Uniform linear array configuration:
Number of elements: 12
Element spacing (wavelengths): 0.25
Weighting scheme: hann
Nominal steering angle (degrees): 60
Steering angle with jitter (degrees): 58.956
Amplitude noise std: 0.05
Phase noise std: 0.05

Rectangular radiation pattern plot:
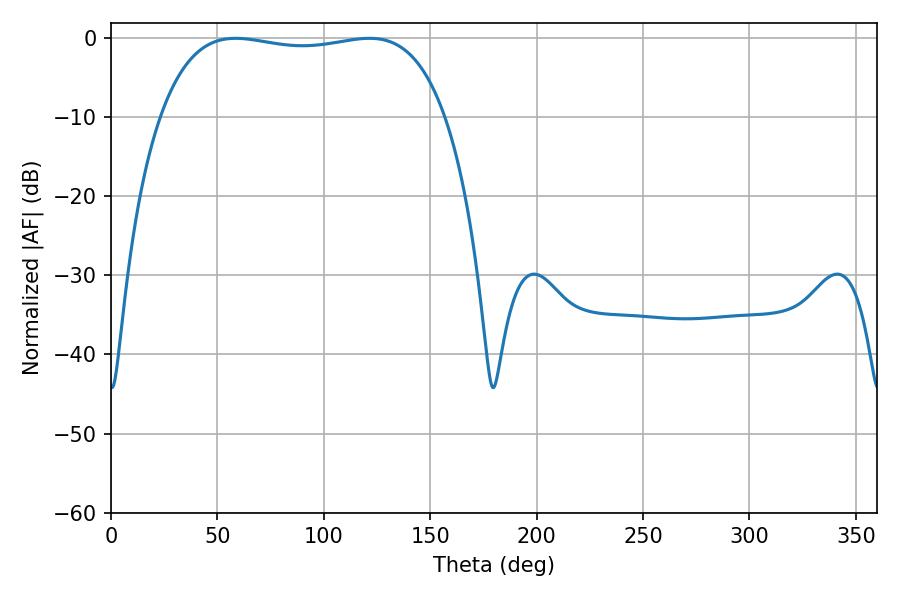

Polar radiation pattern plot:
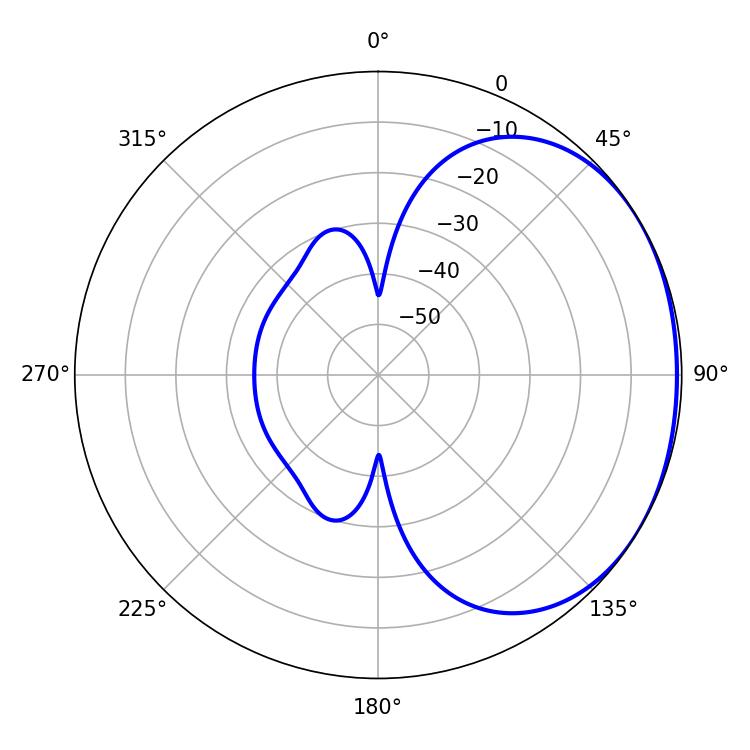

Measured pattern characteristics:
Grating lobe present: FALSE
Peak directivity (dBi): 1.303
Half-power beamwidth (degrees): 107.28
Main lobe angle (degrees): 58.5